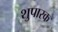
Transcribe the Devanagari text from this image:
शुपारक